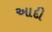
આદી